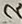
Text: 2